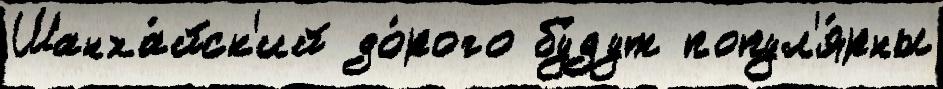
Шанха́йск'ий до́рого бу́дут попул'я́рны